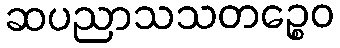
ဆပညာသသတဉ္စေဝ